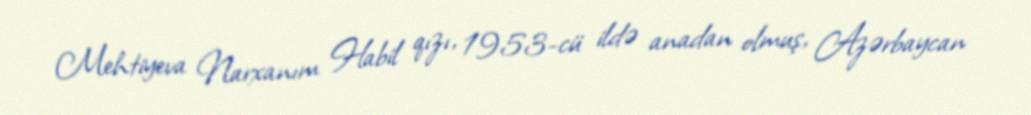
Mehtiyeva Narxanım Habil qızı, 1953-cü ildə anadan olmuş, Azərbaycan